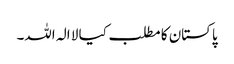
پاکستان کا مطلب کیا لا الہ اللہ۔